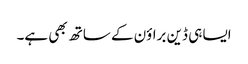
ایسا ہی ڈین براؤن کے ساتھ بھی ہے۔